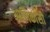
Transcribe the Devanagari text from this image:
आणिकांसी